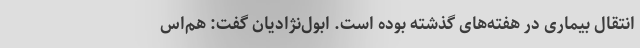
انتقال بیماری در هفته‌های گذشته بوده است. ابول‌نژادیان گفت: هم‌اس